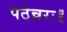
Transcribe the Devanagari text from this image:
पठेन्नरः॥